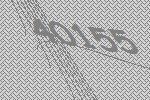
40155